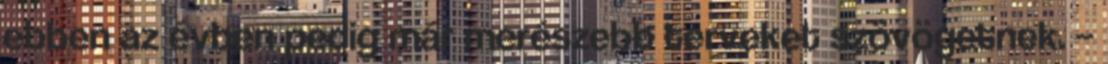
ebben az évben pedig már merészebb terveket szövögetnek. –